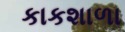
કાકશાળા